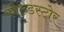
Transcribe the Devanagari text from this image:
कोल्डस्टोर